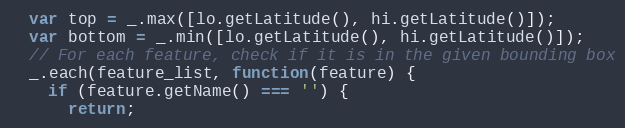
Language: JavaScript
  var top = _.max([lo.getLatitude(), hi.getLatitude()]);
  var bottom = _.min([lo.getLatitude(), hi.getLatitude()]);
  // For each feature, check if it is in the given bounding box
  _.each(feature_list, function(feature) {
    if (feature.getName() === '') {
      return;